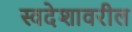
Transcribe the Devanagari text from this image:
स्वदेशावरील